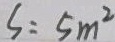
S = 5 m ^ { 2 }